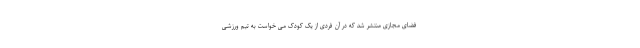
فضای مجازی منتشر شد که در آن فردی از یک کودک می خواست به تیم ورزشی